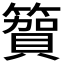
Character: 𮆓